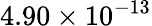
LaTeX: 4.90\times 10^{-13}